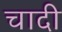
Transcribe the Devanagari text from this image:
चादी